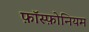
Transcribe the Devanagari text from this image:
फ़ॉस्फ़ोनियम